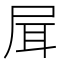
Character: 𡱡